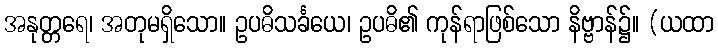
အနုတ္တရေ၊ အတုမရှိသော။ ဥပဓိသင်္ခယေ၊ ဥပဓိ၏ ကုန်ရာဖြစ်သော နိဗ္ဗာန်၌။ (ယထာ